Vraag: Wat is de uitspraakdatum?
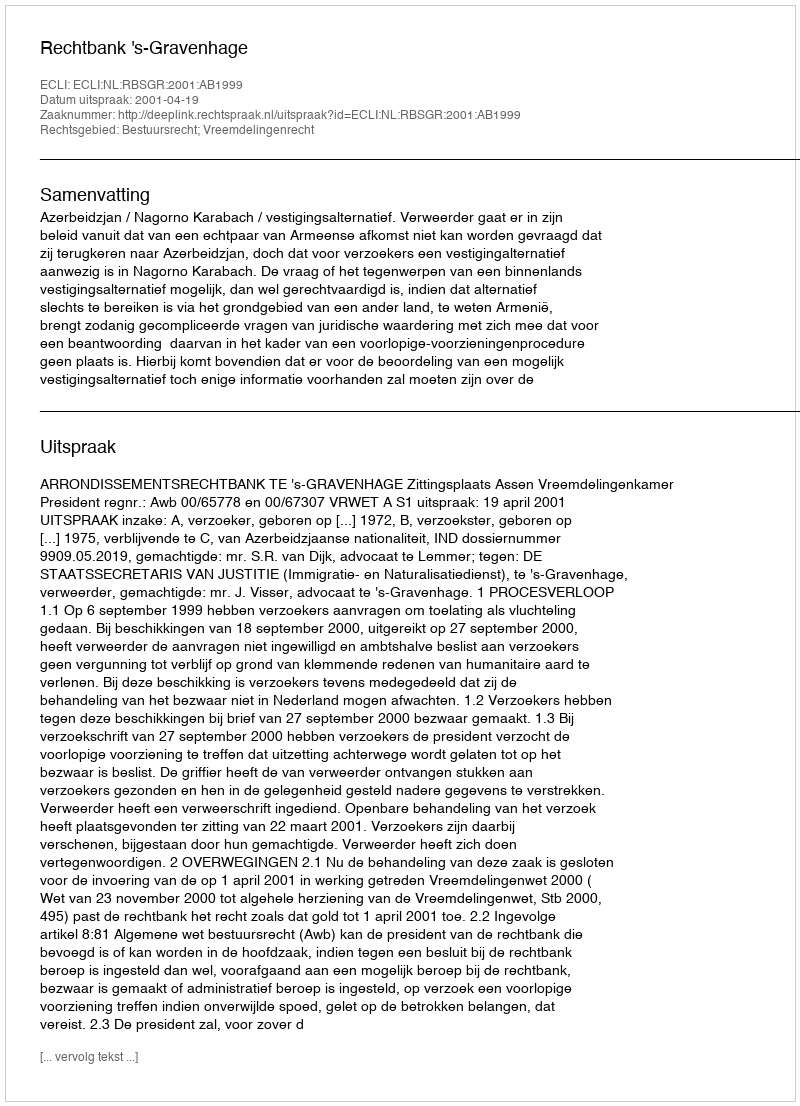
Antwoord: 2001-04-19